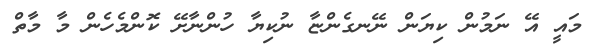
މައީ އޭ ނަމުން ކިޔަން ނޭނގެންޏާ ނުކިޔާ ހުންނާށޭ ކޮންމެހެން މާ މާތް